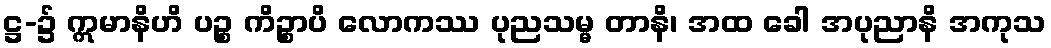
ဋ္ဌ-၌ ဣမာနိဟိ ပဉ္စ ကိဉ္စာပိ လောကဿ ပုညသမ္မ တာနိ၊ အထ ခေါ အပုညာနိ အကုသ